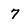
Character: 7